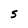
Character: s